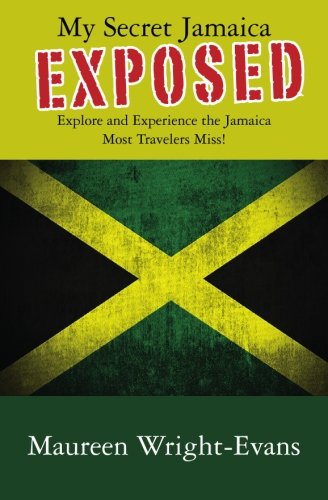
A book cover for My Secret Jamaica Exposed: Explore Undiscovered Jamaica; Maureen Wright-Evans; Travel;